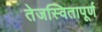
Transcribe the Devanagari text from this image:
तेजस्वितापूर्ण